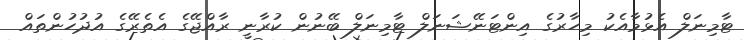
ޓާމިނަލް އެޅުމާއެކު މިހާރުގެ އިންޓަނޭޝަނަލް ޓާމިނަލް ބޭނުން ކުރާނީ ރާއްޖޭގެ އެތެރޭގެ އުދުހުންތައް